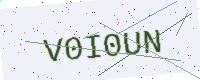
Text: V0I0UN